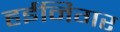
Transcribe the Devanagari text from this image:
हईनिगर